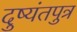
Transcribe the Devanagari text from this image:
दुष्यंतपुत्र